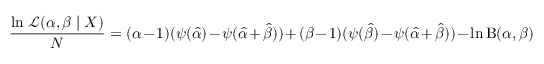
{ \frac { \ln \, { \mathcal { L } } ( \alpha , \beta \mid X ) } { N } } = ( \alpha - 1 ) ( \psi ( { \hat { \alpha } } ) - \psi ( { \hat { \alpha } } + { \hat { \beta } } ) ) + ( \beta - 1 ) ( \psi ( { \hat { \beta } } ) - \psi ( { \hat { \alpha } } + { \hat { \beta } } ) ) - \ln \mathrm { B } ( \alpha , \beta )